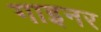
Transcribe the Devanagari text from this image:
गाइनर